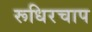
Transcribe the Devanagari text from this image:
रूधिरचाप